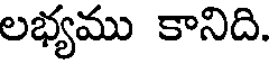
లభ్యము కానిది.